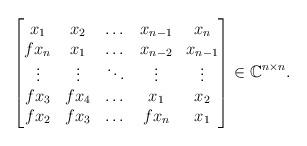
LaTeX: \begin{align*}\begin{bmatrix}x_1 & x_2 & \dots & x_{n-1} & x_n\\fx_n & x_1 & \dots & x_{n-2} & x_{n-1}\\\vdots & \vdots & \ddots & \vdots & \vdots\\fx_3 & fx_4 & \dots & x_1 & x_2\\fx_2 & fx_3 & \dots & fx_n & x_1\end{bmatrix} \in \mathbb{C}^{n \times n}.\end{align*}